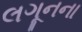
લગૂનના